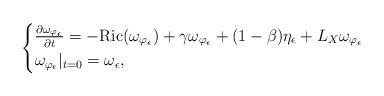
LaTeX: \begin{align*} \begin{cases}\frac{\partial \omega_{\varphi_{\epsilon}}}{\partial t}=-{\rm Ric}(\omega_{\varphi_{\epsilon}})+\gamma\omega_{\varphi_{\epsilon}}+(1-\beta)\eta_{\epsilon}+L_X \omega_{\varphi_{\epsilon}}\\\omega_{\varphi_{\epsilon}}|_{t=0}=\omega_{\epsilon},\end{cases}\end{align*}